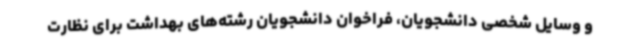
و وسایل شخصی دانشجویان، فراخوان دانشجویان رشته‌های بهداشت برای نظارت